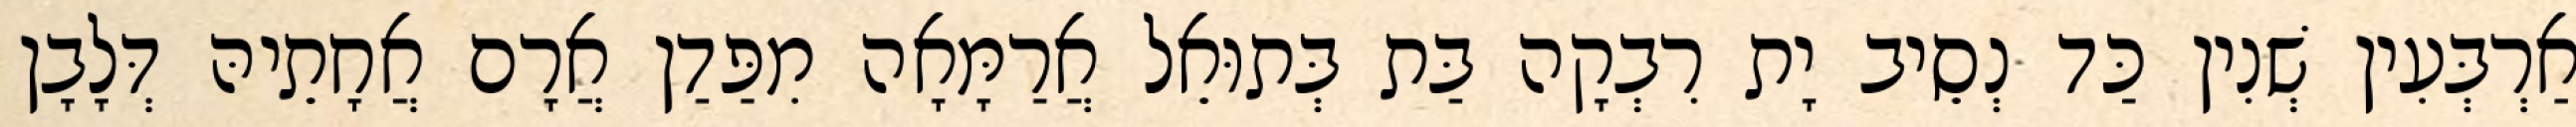
אַרְבְּעִין שְׁנִין כַּד נְסֵיב יָת רִבְקָה בַּת בְּתוּאֵל אֲרַמָּאָה מִפַּדַן אֲרָם אֲחָתֵיהּ דְּלָבָן